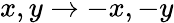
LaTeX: x,y\rightarrow-x,-y